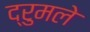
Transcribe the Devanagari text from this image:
द्रुमले